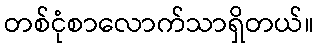
တစ်ငုံစာလောက်သာရှိတယ်။